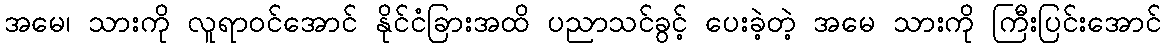
အမေ၊ သားကို လူရာဝင်အောင် နိုင်ငံခြားအထိ ပညာသင်ခွင့် ပေးခဲ့တဲ့ အမေ သားကို ကြီးပြင်းအောင်